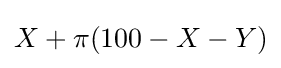
X+\pi (100-X-Y)